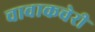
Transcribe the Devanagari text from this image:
चावाकचेरी